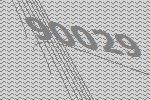
90029